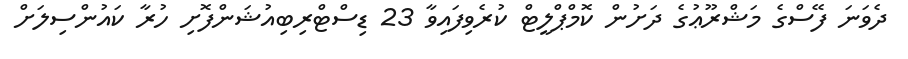
ދެވަނަ ފޭސްގެ މަޝްރޫޢުގެ ދަށުން ކޮމްޕްލީޓް ކުރެވިފައިވާ 23 ޑިސްޓްރިބިއުޝަންފޮށި ހުރާ ކައުންސިލަށް